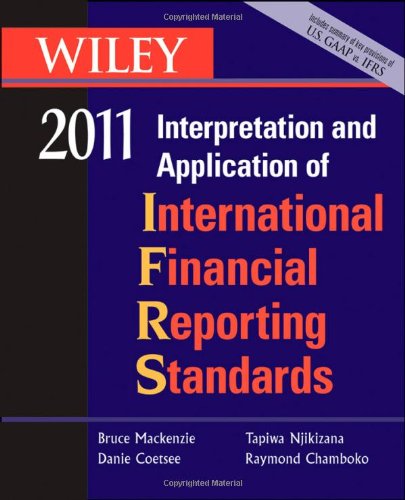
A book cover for Wiley Interpretation and Application of International Financial Reporting Standards 2011 (Wiley Ifrs: Interpretation & Application of International Financial Reporting Standards); Bruce Mackenzie; Business & Money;